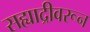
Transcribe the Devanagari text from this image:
सह्याद्रीवरून